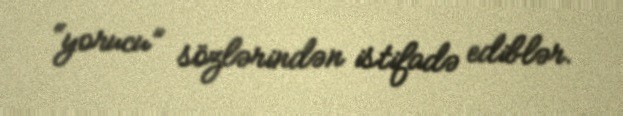
“yorucu” sözlərindən istifadə ediblər.